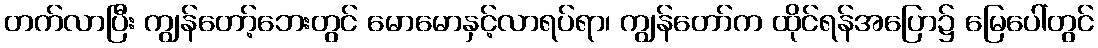
တက်လာပြီး ကျွန်တော့်ဘေးတွင် မောမောနှင့်လာရပ်ရာ၊ ကျွန်တော်က ထိုင်ရန်အပြော၌ မြေပေါ်တွင်